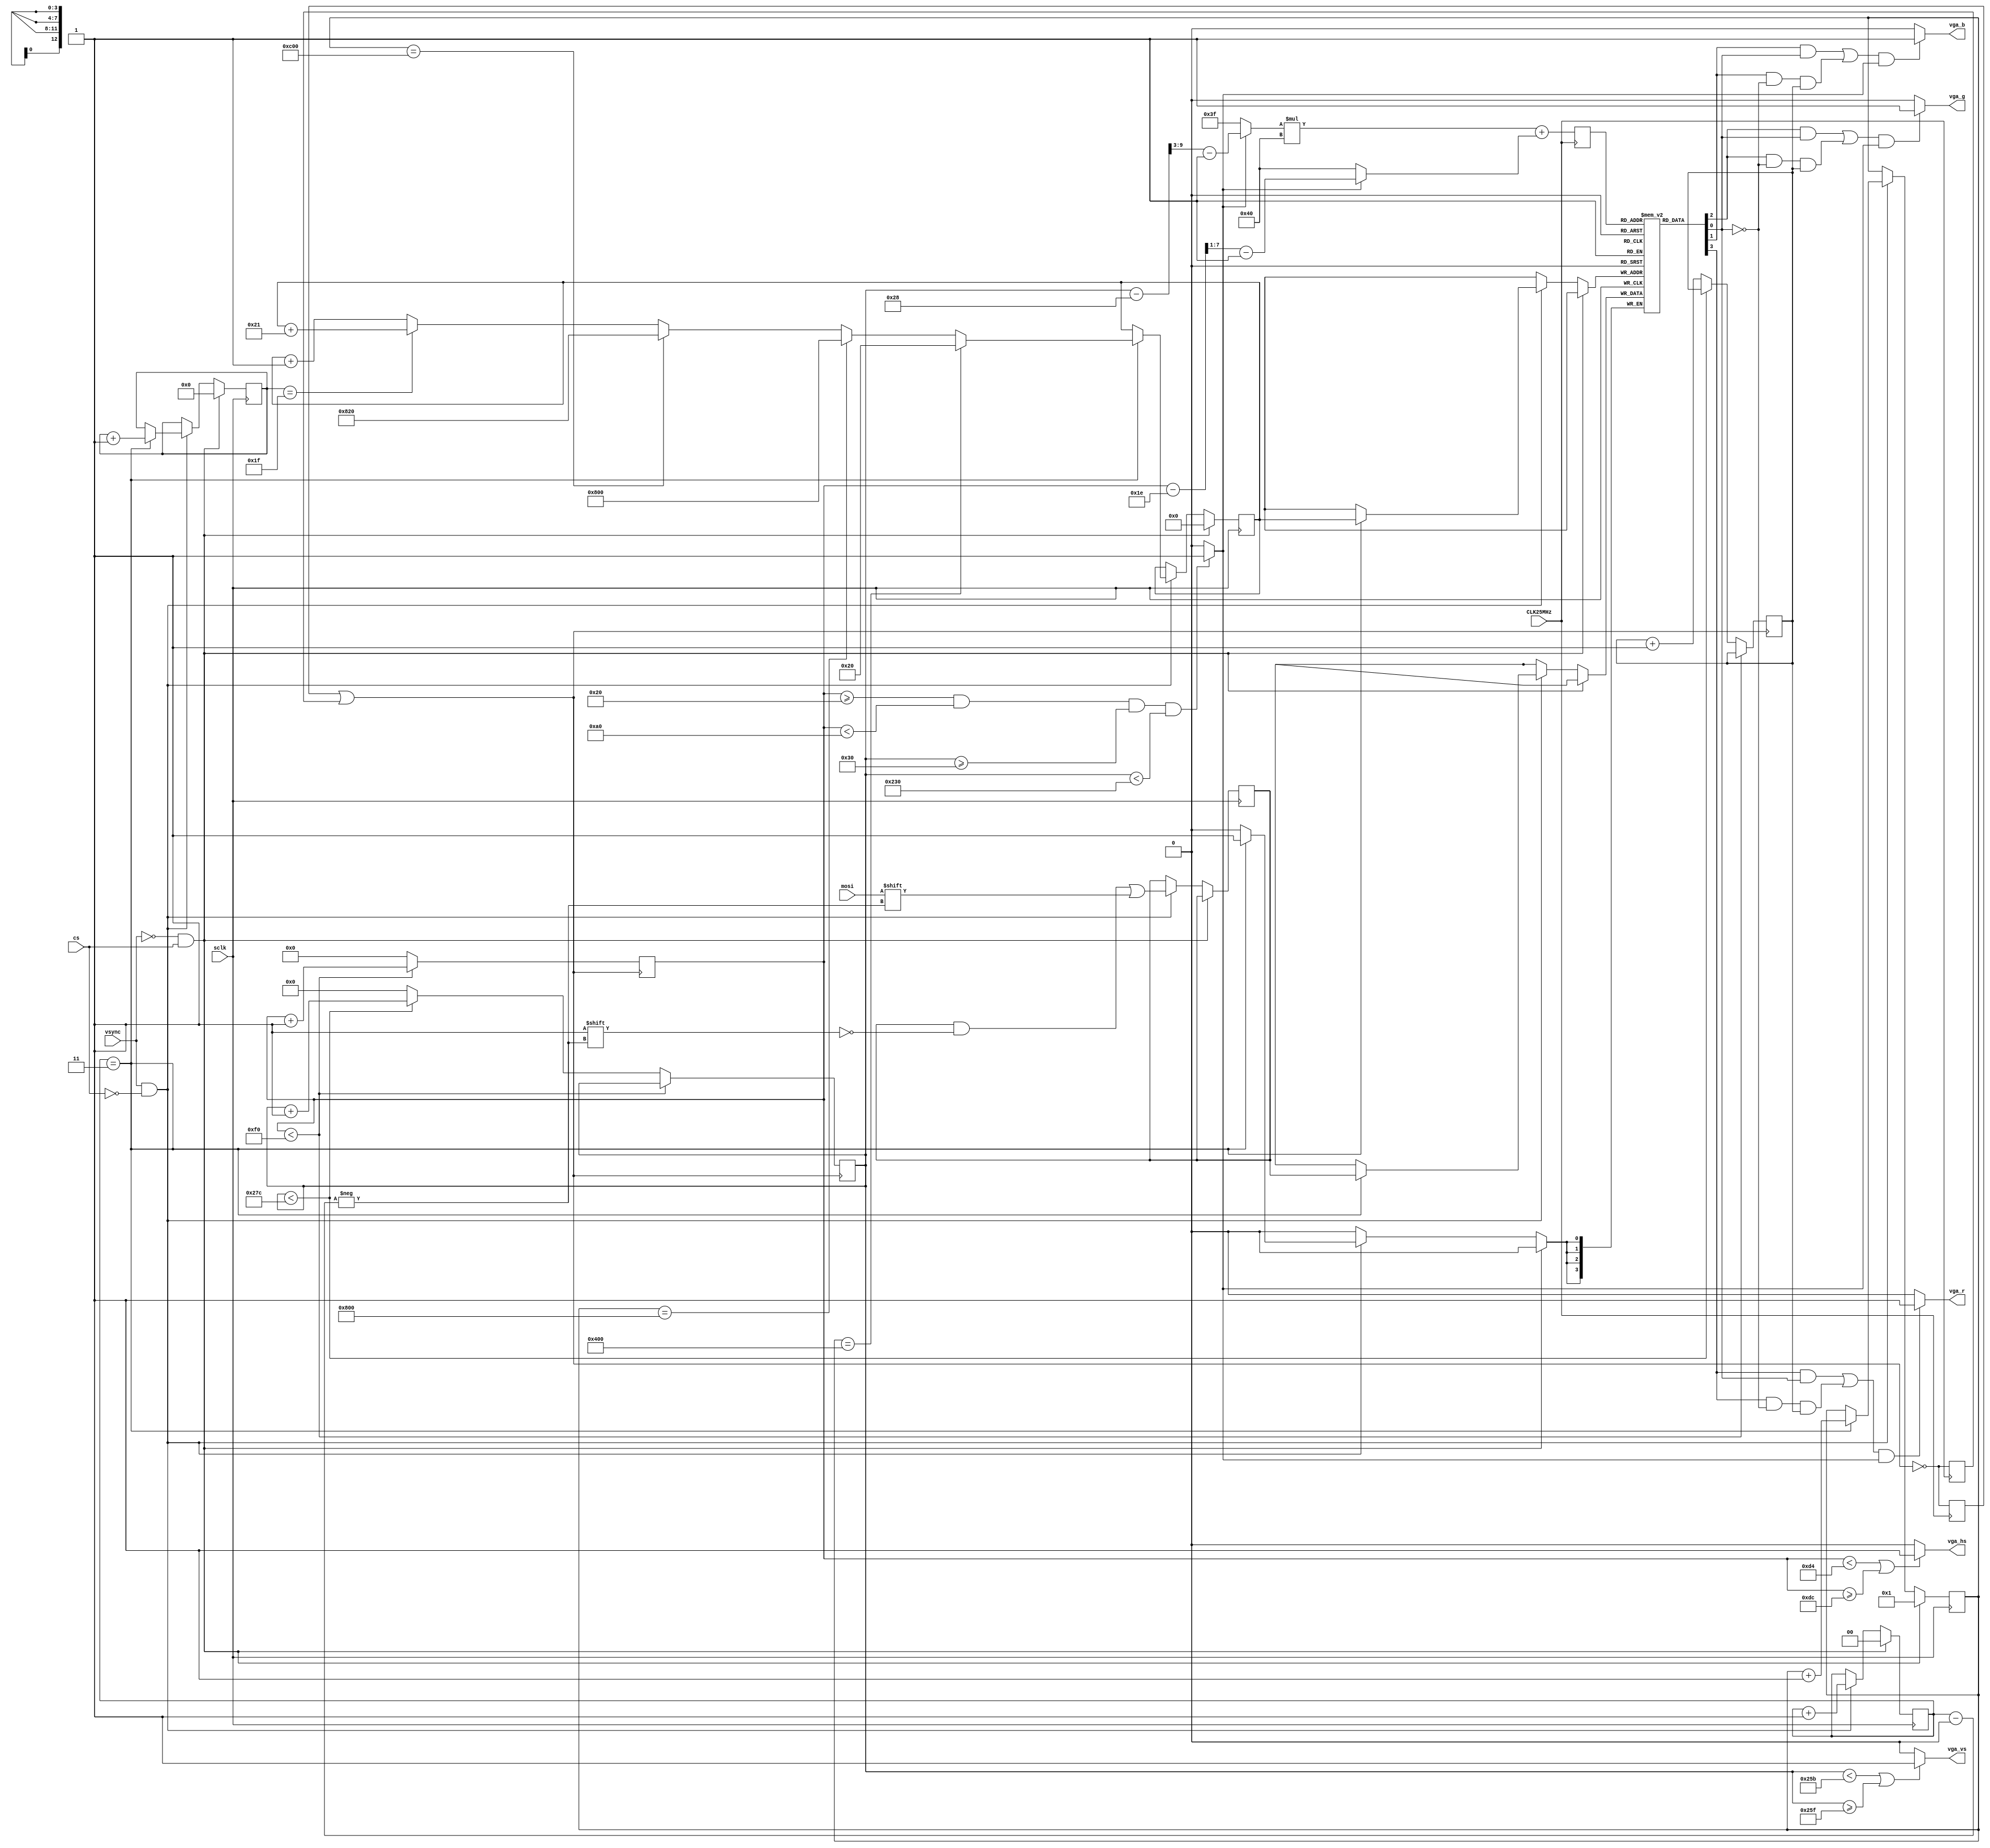
module top(
  input  CLK25MHz, //Oscillator input 25MHz
  output vga_r,    //VGA Red
  output vga_g,    //VGA Green
  output vga_b,    //VGA Blue
  output vga_hs,   //H-sync pulse
  output vga_vs,   //V-sync pulse

  input sclk,
  input vsync,
  input cs,
  input mosi,
);

parameter addr_width = 13; //64 x 64 = 4,096 RGBI pixels
parameter data_width = 4;
reg [data_width-1:0] mem [(1<<addr_width)-1:0];

wire [data_width-1:0] dout;
reg  [addr_width-1:0] raddr;
assign dout = mem[raddr];

reg [data_width-1:0] din;
reg [addr_width-1:0] waddr;
reg  [1:0] din_counter;
reg  [4:0] waddr_counter;
reg [11:0] quadrant_counter;

always @(posedge sclk)
begin
  if (!vsync && cs) begin //VSYNC
    waddr <= 0;
    din_counter <= 0;
    waddr_counter <= 0;
    quadrant_counter <= 1;
  end
  else if (vsync && !cs) begin
    din[din_counter] <= mosi;
    din_counter <= din_counter + 1;
    if (din_counter == 2'b11) begin //latch data
      mem[waddr] <= din;
      //manage screen address 'quadrants'!
      waddr_counter <= waddr_counter + 1;
      quadrant_counter <= quadrant_counter + 1;
      if (quadrant_counter == 1024) begin
        waddr <= 32;
      end
      else if (quadrant_counter == 2048) begin
        waddr <= 2048;
      end
      else if (quadrant_counter == 3072) begin
        waddr <= 2080;
      end
      else if (waddr_counter == 5'b11111) begin
        waddr <= waddr + 33;
      end
      else begin
        waddr <= waddr + 1;
      end
    end
  end
end

parameter h_pulse  = 8;   //H-SYNC pulse width
parameter h_bp     = 20;  //H-BP back porch pulse width
parameter h_pixels = 200; //H-PIX Number of pixels horizontally
parameter h_fp     = 12;  //H-FP front porch pulse width
parameter h_frame  = 240; //240 = 8 (H-SYNC) + 20 (H-BP) + 200 (H-PIX) + 12 (H-FP)
parameter v_pulse  = 4;   //V-SYNC pulse width
parameter v_bp     = 29;  //V-BP back porch pulse width
parameter v_pixels = 600; //V-PIX Number of pixels vertically
parameter v_fp     = 3;   //V-FP front porch pulse width
parameter v_frame  = 636; //636 = 4 (V-SYNC) + 29 (V-BP) + 600 (V-PIX) + 3 (V-FP)

reg flop1, flop2; //from comp.lang.verilog
always @ (posedge CLK25MHz) flop1 <= !(flop1 | flop2);
always @ (negedge CLK25MHz) flop2 <= !(flop1 | flop2);

wire vga_clk;
assign vga_clk = !(flop1 | flop2); //16.666666667MHz (1.5x)

wire [6:0] c_col;     //visible frame register column
wire [6:0] c_row;     //visible frame register row
reg  [7:0] c_hor;     //complete frame register horizontally
reg  [9:0] c_ver;     //complete frame register vertically
wire       disp_en;   //display enable flag
reg        intensity; //RGBI intensity

assign vga_hs = (c_hor < h_pixels + h_fp || c_hor >= h_pixels + h_fp + h_pulse) ? 1 : 0; //H-SYNC generator
assign vga_vs = (c_ver < v_pixels + v_fp || c_ver >= v_pixels + v_fp + v_pulse) ? 1 : 0; //V-SYNC generator

assign disp_en = (c_hor >= 32 && c_hor < 160 && c_ver >= 48 && c_ver < 560) ? 1 : 0;

//c_col and c_row counters are updated only in the visible time-frame
assign c_col = (disp_en) ? ((c_hor - 30) >> 1) - 1 : 64;
assign c_row = (disp_en) ? ((c_ver - 40) >> 3) - 1 : 63;

//VGA colour signals are enabled only in the visible time frame
assign vga_r = (((dout[3] && dout[0]) || (dout[3] && !dout[0] && intensity)) && disp_en) ? 1 : 0;
assign vga_g = (((dout[2] && dout[0]) || (dout[2] && !dout[0] && intensity)) && disp_en) ? 1 : 0;
assign vga_b = (((dout[1] && dout[0]) || (dout[1] && !dout[0] && intensity)) && disp_en) ? 1 : 0;

always @ (posedge CLK25MHz) begin
  raddr = (c_row * 64) + c_col;
end

always @ (posedge vga_clk) begin
  //update current beam position
  if (c_hor < h_frame) begin
    c_hor <= c_hor + 1;
  end
  else begin
    c_hor <= 0;
    if (c_ver < v_frame) begin
      c_ver <= c_ver + 1;
    end
    else begin
      c_ver <= 0;
      intensity <= intensity + 1;
    end
  end
end

endmodule